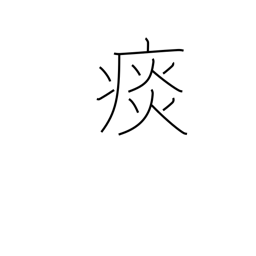
Meaning: sputum